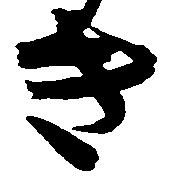
き